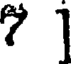
?